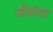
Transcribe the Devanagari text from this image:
जीवांवर